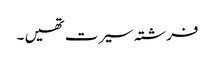
فرشتہ سیرت تھیں ۔